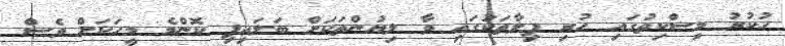
ހުކުރު މިސްކިތުގައި ހުރި ފިލާތަކުގައި ވާ ލިޔުންތަކަށް ބަލައިފި ކޮންމެ މީހަކަށް ވެސް